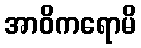
အာဝိကရောမိ